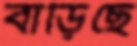
বাড়িছে